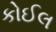
કોઈલ